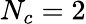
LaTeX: N_{c}=2